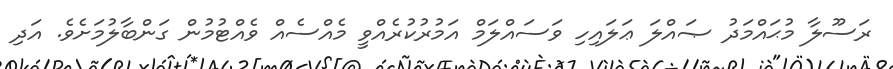
ރަސޫލާ މުޙައްމަދު ޞައްލަ ޢަލައިހި ވަސައްލަމް އަމުރުކުރެއްވީ މެއްސެއް ވެއްޓުމުން ގަންބާލުމަށެވެ. އަދި